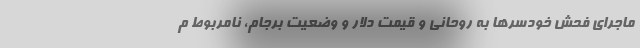
ماجرای فحش خودسرها به روحانی و قیمت دلار و وضعیت برجام، نامربوط م